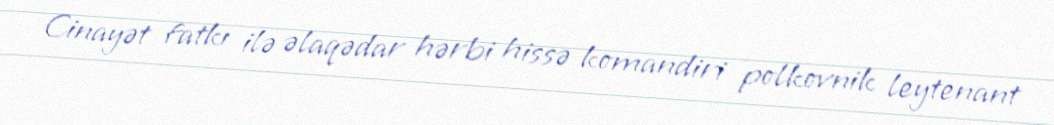
Cinayət fatkı ilə əlaqədar hərbi hissə komandiri polkovnik leytenant